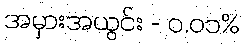
အမှားအယွင်း - ၀.၀၁%